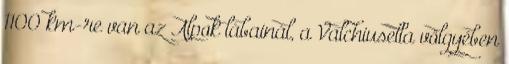
1100 km-re van az Alpok lábainál, a Valchiusella völgyében